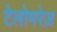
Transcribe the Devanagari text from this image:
टेलोमरेज़